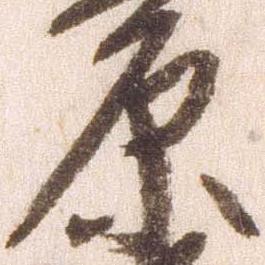
原